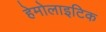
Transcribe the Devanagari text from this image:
हेमोलाइटिक